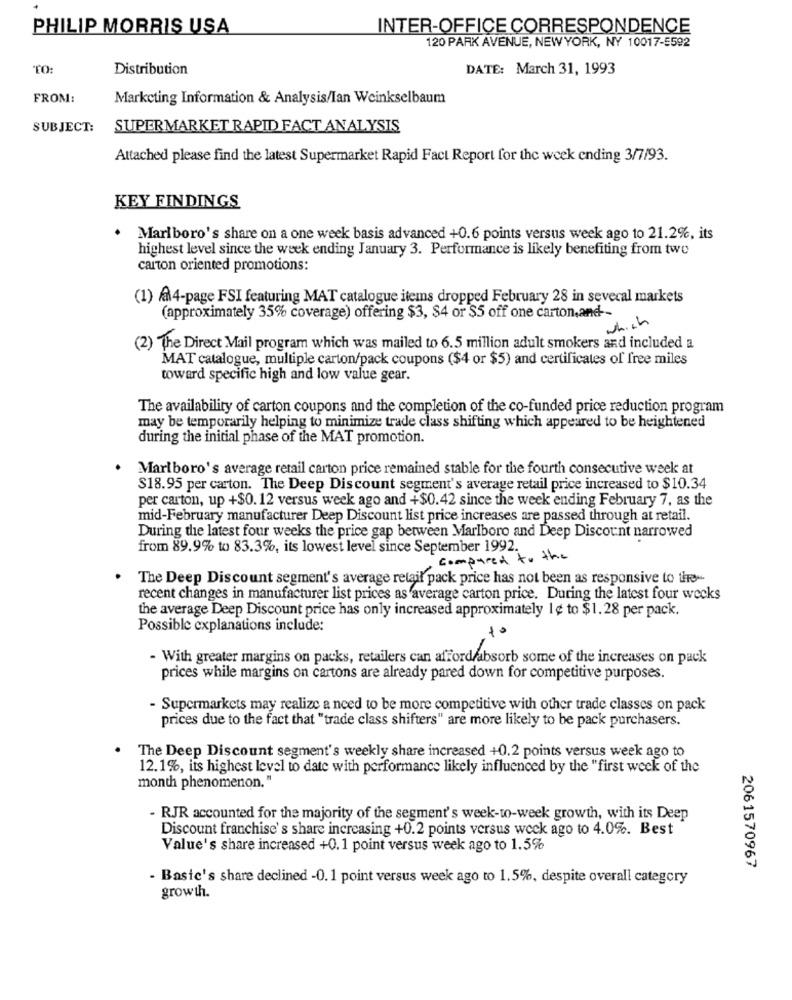
PHILIP MORRIS USA
INTER-OFFICE CORRESPONDENCE
120 PARK AVENUE, NEW YORK, NY 10017-5592
TO:
Distribution
DATE: March 31, 1993
FROM:
Markcting Information & Analysis/Ian Weinkselbaum
SUBJECT:
SUPERMARKET RAPID FACT ANALYSIS
Attached please find the latest Supermarket Rapid Fact Report for the week ending 3/7/93.
KEY FINDINGS
Marlboro's share on a one week basis advanced +0.6 points versus week ago to 21.2%, its
highest level since the week ending January 3. Performance is likely benefiting from two
carton oriented promotions:
(1) 4-page FSI featuring MAT catalogue items dropped February 28 in several markets
(approximately 35% coverage) offering $3, $4 or $5 off one carton,and -
which
(2) The Direct Mail program which was mailed to 6.5 million adult smokers and included a
MAT catalogue, multiple carton/pack coupons ($4 or $5) and certificates of free miles
toward specific high and low value gear.
The availability of carton coupons and the completion of the co-funded price reduction program
may be temporarily helping to minimize trade class shifting which appeared to be heightened
during the initial phase of the MAT promotion.
Marlboro's average retail carton price remained stable for the fourth consecutive week at
$18.95 per carton. The Deep Discount segment's average retail price increased to $10.34
per carton, up +$0. 12 versus week ago and +$0.42 since the week ending February 7, as the
mid-February manufacturer Deep Discount list price increases are passed through at retail.
During the latest four weeks the price gap between Marlboro and Deep Discount narrowed
from 89.9% to 83.3%, its lowest level since September 1992.
compared to the
The Deep Discount segment's average retail pack price has not been as responsive to the --
recent changes in manufacturer list prices as average carton price. During the latest four weeks
the average Deep Discount price has only increased approximately 1 ¢ to $1.28 per pack.
Possible explanations include:
- With greater margins on packs, retailers can afford/absorb some of the increases on pack
prices while margins on cartons are already pared down for competitive purposes.
- Supermarkets may realize a need to be more competitive with other trade classes on pack
prices due to the fact that "trade class shifters" are more likely to be pack purchasers.
The Deep Discount segment's weekly share increased +0.2 points versus week ago to
12.1%, its highest level to date with performance likely influenced by the "first week of the
month phenomenon."
- RJR accounted for the majority of the segment's week-to-week growth, with its Deep
Discount franchise's share increasing +0.2 points versus week ago to 4.0%. Best
Value's share increased +0.1 point versus week ago to 1.5%
2061570967
- Basic's share declined -0.1 point versus week ago to 1.5%, despite overall category
growth.